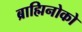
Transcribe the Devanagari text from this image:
ब्राह्मिनोको